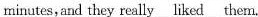
minutes, and they really \underline{liked} them.